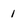
Character: 1